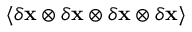
\langle \delta { \bf x } \otimes \delta { \bf x } \otimes \delta { \bf x } \otimes \delta { \bf x } \rangle